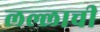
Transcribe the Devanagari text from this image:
लल्लाची